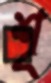
শৃ